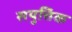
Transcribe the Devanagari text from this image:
सयुत्तिक